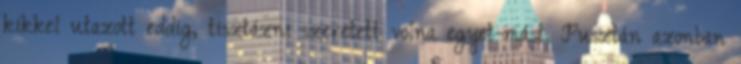
kikkel utazott eddig, tisztázni szeretett volna egyet-mást. Pusztán azonban